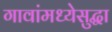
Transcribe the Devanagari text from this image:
गावांमध्येसुद्धा